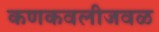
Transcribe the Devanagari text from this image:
कणकवलीजवळ